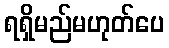
ရရှိမည်မဟုတ်ပေ